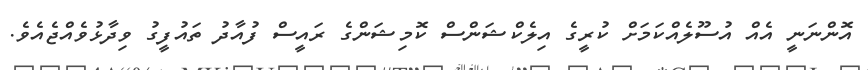
އޮންނަނީ އެއް އުސޫލެއްކަމަށް ކުރީގެ އިލެކްޝަންސް ކޮމިޝަންގެ ރައީސް ފުއާދު ތައުފީގު ވިދާޅުވެއްޖެއެވެ.